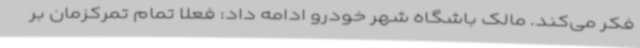
فکر می‌کند. مالک باشگاه شهر خودرو ادامه داد: فعلا تمام تمرکزمان بر